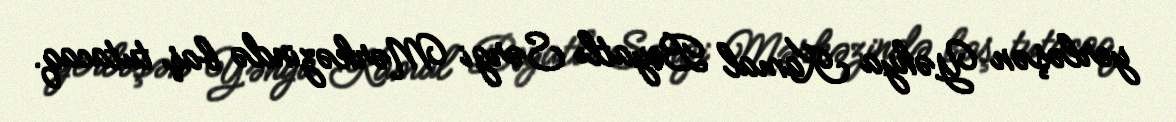
yerləşən Yəhya Kamal Beyatlı Sərgi Mərkəzində baş tutacaq.